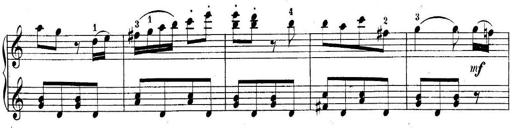
Title: 10 Sonatines progressives
Composer: Anton Schmoll